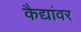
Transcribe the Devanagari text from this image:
कैद्यांवर